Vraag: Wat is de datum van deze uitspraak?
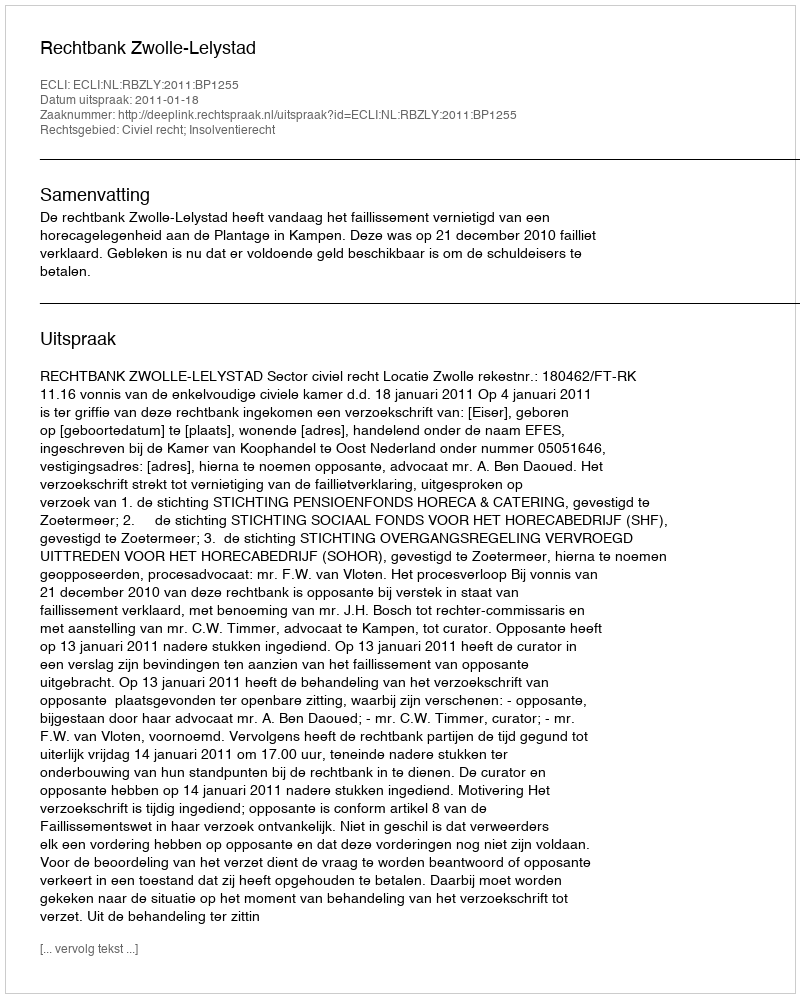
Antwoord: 2011-01-18